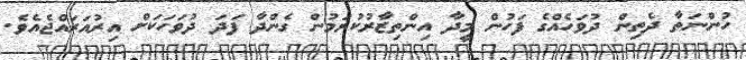
ހުންނަތާ ދެތިން ދުވަހެއްގެ ފަހުން މީދާ އިންތިޒާރުކުރަމުން ގެންދާ ފަދަ ދުވަހަކަށް އިރުއަރައްޖެއެވެ.